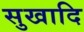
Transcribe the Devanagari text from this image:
सुखादि